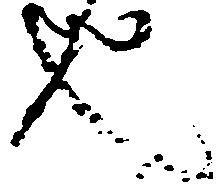
也